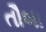
તૌબા